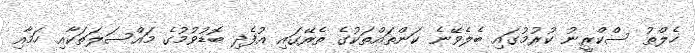
ހެލްތު ސްކްރީނު ކުރުމުގައި ބެލެވޭނެ ކަންތައްތަކުގެ ތެރޭގައި އުފެދި ބޮޑުވުމުގެ މައްސަލަތަކާއި ހަމާއި